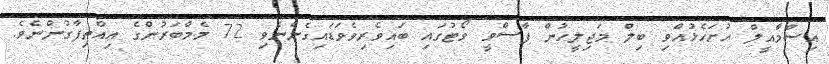
އިސްމާއީލް ހުށަހެޅުއްވި ބިލް މަޖިލީހުން ފާސްވީ ވޯޓުގައި ބައިވެރިވެވަޑައިގެންނެވި 72 މެމްބަރުންގެ އިއްތިފާގުންނެވެ.